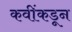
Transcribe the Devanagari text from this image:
कवींकडून